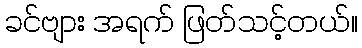
ခင်ဗျား အရက် ဖြတ်သင့်တယ်။